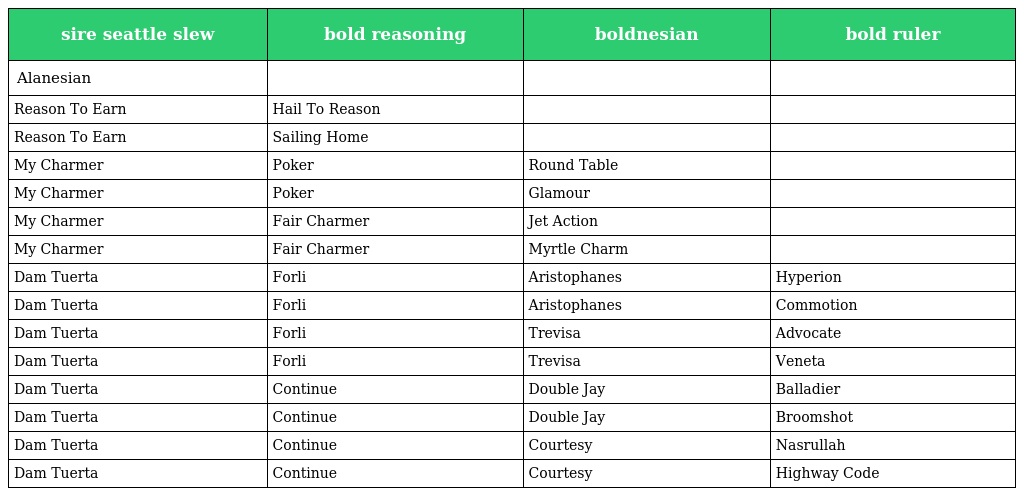
| sire seattle slew | bold reasoning | boldnesian | bold ruler |
 | --- | --- | --- | --- |
 | Alanesian |  |  |  |
 | Reason To Earn | Hail To Reason |  |  |
 | Reason To Earn | Sailing Home |  |  |
 | My Charmer | Poker | Round Table |  |
 | My Charmer | Poker | Glamour |  |
 | My Charmer | Fair Charmer | Jet Action |  |
 | My Charmer | Fair Charmer | Myrtle Charm |  |
 | Dam Tuerta | Forli | Aristophanes | Hyperion |
 | Dam Tuerta | Forli | Aristophanes | Commotion |
 | Dam Tuerta | Forli | Trevisa | Advocate |
 | Dam Tuerta | Forli | Trevisa | Veneta |
 | Dam Tuerta | Continue | Double Jay | Balladier |
 | Dam Tuerta | Continue | Double Jay | Broomshot |
 | Dam Tuerta | Continue | Courtesy | Nasrullah |
 | Dam Tuerta | Continue | Courtesy | Highway Code |